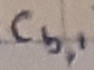
Text: Cb,1